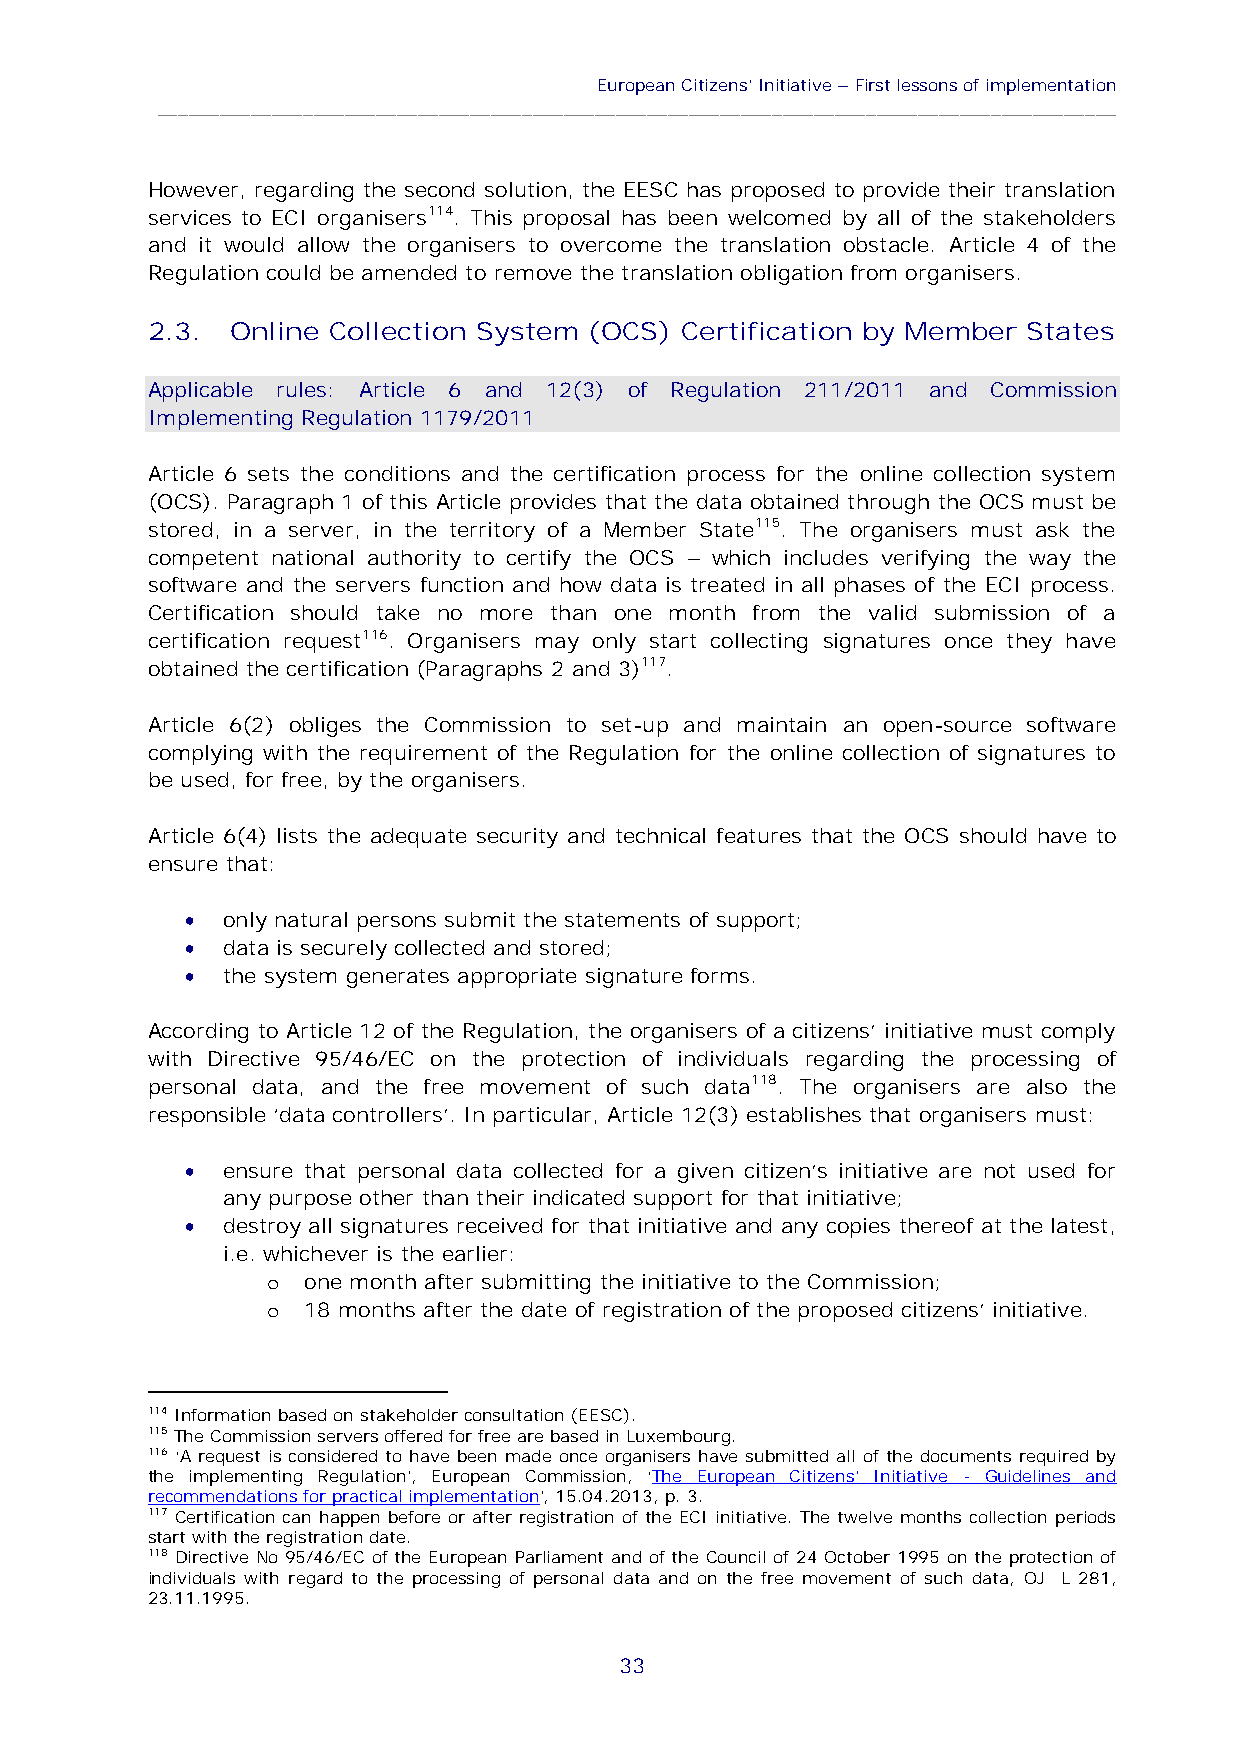
European Citizens’Initiative–First lessons of implementation
 ____________________________________________________________________________________________
 However, regarding the second solution, the EESC has proposed to provide their translation
 services to ECI organisers114. This proposal has been welcomed by all of the stakeholders
 and it would allow the organisers to overcome the translation obstacle. Article 4 of the
 Regulation could be amended to remove the translation obligation from organisers.
 2.3. Online Collection System (OCS) Certification by Member States
 Applicable rules: Article 6 and 12(3) of Regulation 211/2011 and Commission
 Implementing Regulation 1179/2011
 Article 6 sets the conditions and the certification process for the online collection system
 (OCS). Paragraph 1 of this Article provides that the data obtained through the OCS must be
 stored, in a server, in the territory of a Member State115. The organisers must ask the
 competent national authority to certify the OCS – which includes verifying the way the
 software and the servers function and how data is treated in all phases of the ECI process.
 Certification should take no more than one month from the valid submission of a
 certification request116. Organisers may only start collecting signatures once they have
 obtained the certification (Paragraphs 2 and 3)117.
 Article 6(2) obliges the Commission to set-up and maintain an open-source software
 complying with the requirement of the Regulation for the online collection of signatures to
 be used, for free, by the organisers.
 Article 6(4) lists the adequate security and technical features that the OCS should have to
 ensure that:
 
 only natural persons submit the statements of support;
 
 data is securely collected and stored;
 
 the system generates appropriate signature forms.
 According to Article 12 of the Regulation, the organisers of a citizens’ initiative must comply
 with Directive 95/46/EC on the protection of individuals regarding the processing of
 personal data, and the free movement of such data118. The organisers are also the
 responsible ‘data controllers’. In particular, Article 12(3) establishes that organisers must:
 
 ensure that personal data collected for a given citizen’s initiative are not used for
 any purpose other than their indicated support for that initiative;
 
 destroy all signatures received for that initiative and any copies thereof at the latest,
 i.e. whichever is the earlier:
 o one month after submitting the initiative to the Commission;
 o 18 months after the date of registration of the proposed citizens’ initiative.
 114Information based on stakeholder consultation (EESC).
 115The Commission servers offered for free are based in Luxembourg.
 116 ‘A request is considered to have been made once organisers have submitted all of the documents required by
 the implementing Regulation’, European Commission, ‘The European Citizens’ Initiative - Guidelines and
 recommendations for practical implementation’, 15.04.2013, p. 3.
 117 Certification can happen before or after registration of the ECI initiative. The twelve months collection periods
 start with the registrationdate.
 118 Directive No 95/46/EC of the European Parliament and of the Council of 24 October 1995 on the protection of
 individuals with regard to the processing of personal data and on the free movement of such data, OJ L 281,
 23.11.1995.
 33